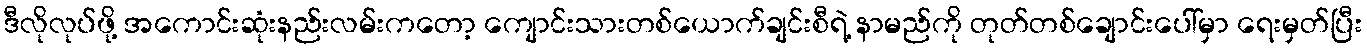
ဒီလိုလုပ်ဖို့ အကောင်းဆုံးနည်းလမ်းကတော့ ကျောင်းသားတစ်ယောက်ချင်းစီရဲ့ နာမည်ကို တုတ်တစ်ချောင်းပေါ်မှာ ရေးမှတ်ပြီး